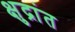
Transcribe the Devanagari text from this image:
क्षुद्रांत